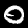
Label: 0